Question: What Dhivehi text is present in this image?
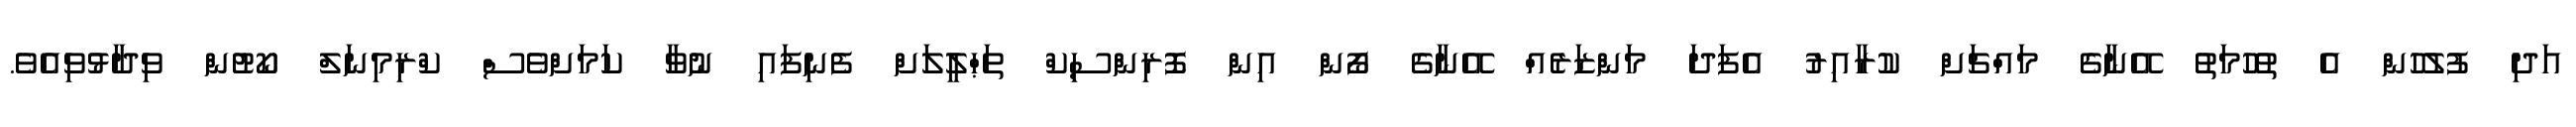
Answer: އަދި ފުލުހުން އެ ތުހުމަތު އޭނާގެ މައްޗަށް ކުރާއިރު އެފަދަ މަންޒަރެއް އޭނާގެ ފޯން އިން ފޮރިންސިކް ތަޙްލީލަށް ފެނިފައި ނުވާ ކަމަށްވެސް ކްރިމިނަލް ކޯޓުން ވިދާޅުވިއެވެ.